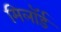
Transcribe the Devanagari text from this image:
मिलॉर्ड